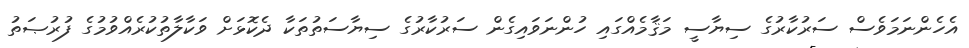
އެހެންނަމަވެސް ސަރުކާރުގެ ސިޔާސީ މަޤާމެއްގައި ހުންނަވައިގެން ސަރުކާރުގެ ސިޔާސަތުތަކާ ދެކޮޅަށް ވަކާލާތުކުރެއްވުމުގެ ފުރުޞަތު